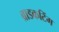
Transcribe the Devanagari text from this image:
ब्राडकटिंग